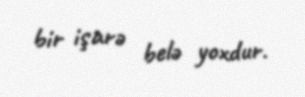
bir işarə belə yoxdur.